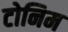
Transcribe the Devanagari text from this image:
टोनिम